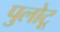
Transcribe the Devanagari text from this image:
पुलोटू